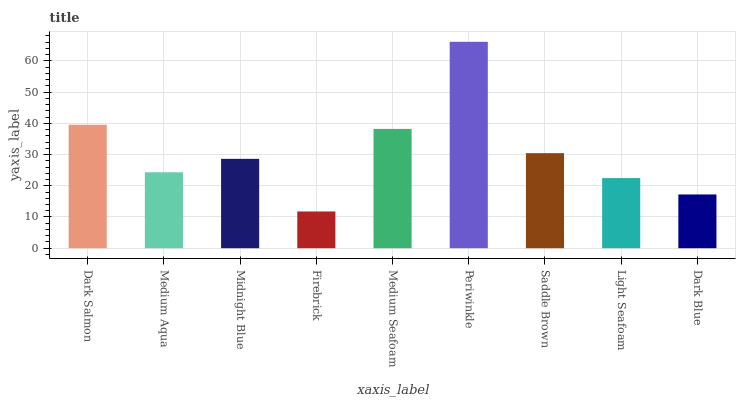
| xaxis_label | bars |
 | --- | --- |
 | Dark Salmon | 39.6 |
 | Medium Aqua | 24.3 |
 | Midnight Blue | 28.6 |
 | Firebrick | 11.8 |
 | Medium Seafoam | 38.2 |
 | Periwinkle | 66.1 |
 | Saddle Brown | 30.5 |
 | Light Seafoam | 22.5 |
 | Dark Blue | 17.2 |